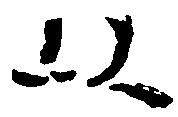
以